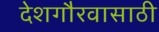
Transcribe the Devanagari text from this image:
देशगौरवासाठी